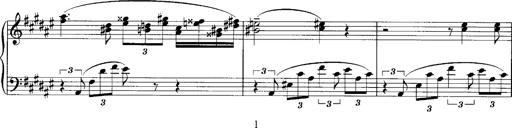
Title: klavierstÃ¼ck
Composer: Matias Ekert